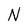
Character: N